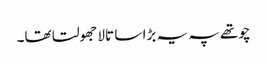
چوتھے پہ یہ بڑا سا تالا جھولتا تھا۔